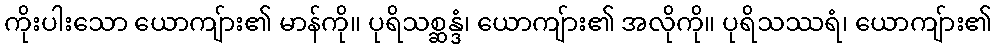
ကိုးပါးသော ယောကျ်ား၏ မာန်ကို။ ပုရိသစ္ဆန္ဒံ၊ ယောကျ်ား၏ အလိုကို။ ပုရိသဿရံ၊ ယောကျ်ား၏